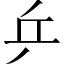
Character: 乒